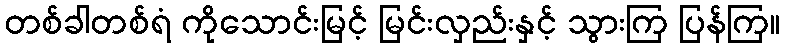
တစ်ခါတစ်ရံ ကိုသောင်းမြင့် မြင်းလှည်းနှင့် သွားကြ ပြန်ကြ။